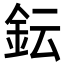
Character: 𨥕